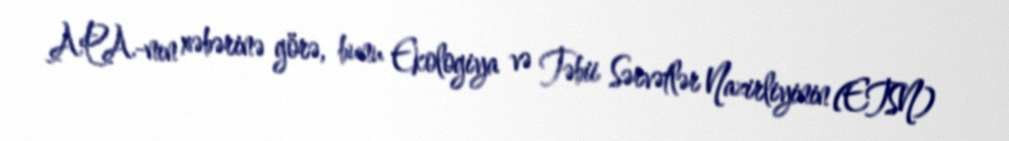
APA-nın xəbərinə görə, bunu Ekologiya və Təbii Sərvətlər Nazirliyinin (ETSN)